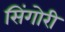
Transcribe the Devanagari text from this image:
सिंगोरी